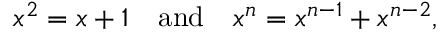
x ^ { 2 } = x + 1 \quad { \mathrm { a n d } } \quad x ^ { n } = x ^ { n - 1 } + x ^ { n - 2 } ,